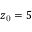
z _ { \mathrm { 0 } } = 5